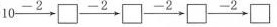
$$1 0 \xrightarrow { - 2 } \Box \xrightarrow { - 2 } \Box \xrightarrow { - 2 } \Box \xrightarrow { - 2 } \Box$$